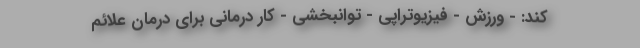
کند: - ورزش - فیزیوتراپی - توانبخشی - کار درمانی برای درمان علائم